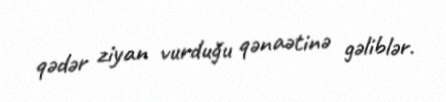
qədər ziyan vurduğu qənaətinə gəliblər.